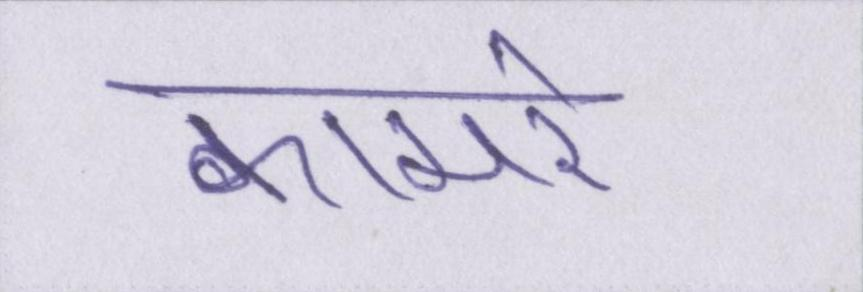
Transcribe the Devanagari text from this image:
कामरेड